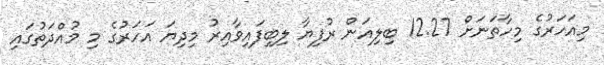
މިއަހަރުގެ މިހާތަނަށް 12.27 ބިލިއަން ރުފިޔާ ލިބިފައިވާއިރު މިދިޔަ އަހަރުގެ މި މުއްދަތުގައި